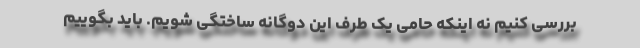
بررسی کنیم نه اینکه حامی یک طرف این دوگانه ساختگی شویم. باید بگوییم